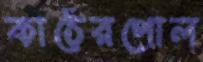
কাঠেরপোল